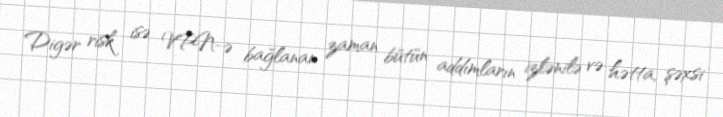
Digər risk isə VPN-ə bağlanan zaman bütün addımların izlənilə və hətta, şəxsi